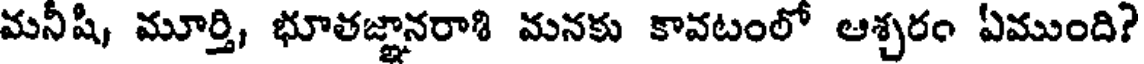
మనీషి, మూర్తి, భూతజ్ఞానరాశి మనకు కావటంలో ఆశ్చరం ఏముంది?